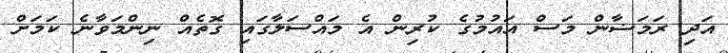
އަދި ރަމަޟާން މަސް އައުމުގެ ކުރިން އެ މައްސަލާގައި ގޮތެއް ނިންމަވާނެ ކަމަށް